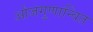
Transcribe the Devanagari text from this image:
ओजगुणान्वित